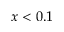
x < 0 . 1